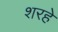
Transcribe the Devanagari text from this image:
शरहे